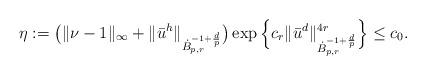
LaTeX: \begin{align*}\eta := \big( \| \nu - 1 \|_\infty + \|\bar{u}^h\|_{\dot{B}_{p,r}^{-1+\frac{d}{p}}}\big)\exp\Big\{ c_r \|\bar{u}^d\|_{\dot{B}_{p,r}^{-1+\frac{d}{p}}}^{4r} \Big\}\leq c_0.\end{align*}